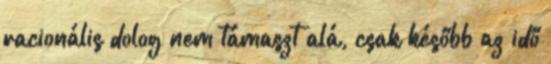
racionális dolog nem támaszt alá, csak később az idő